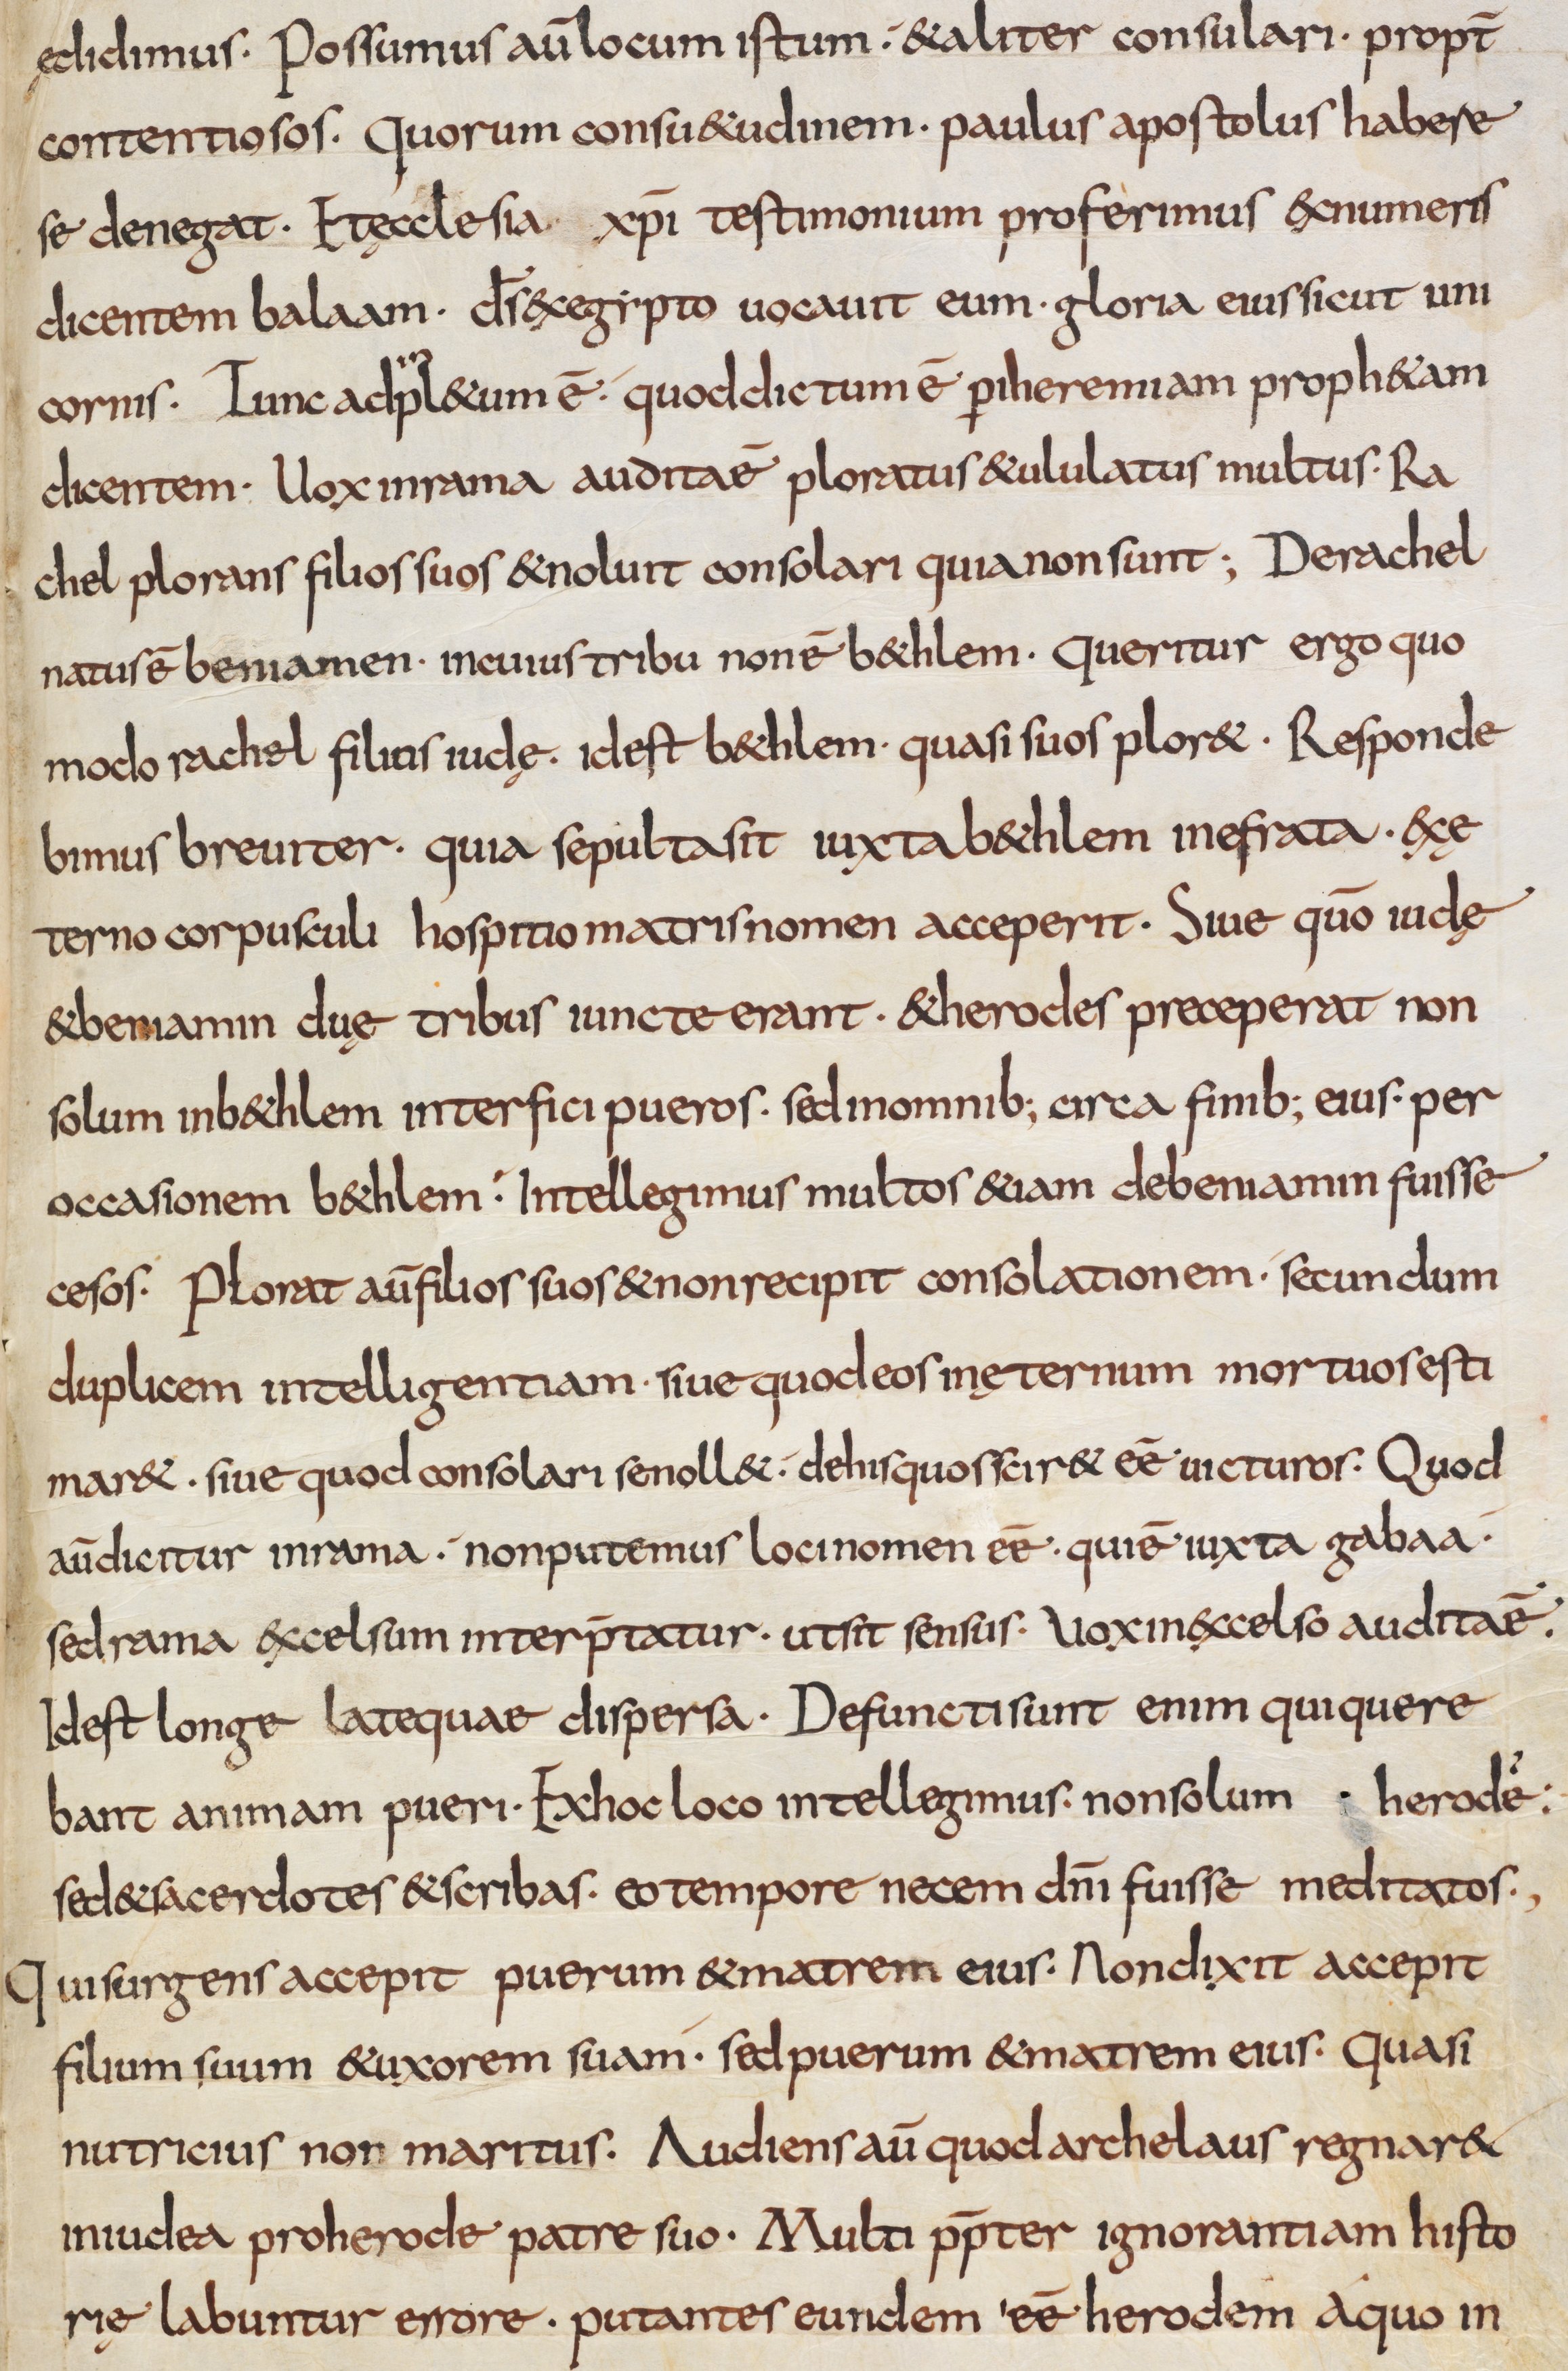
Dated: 800–832